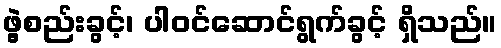
ဖွဲ့စည်းခွင့်၊ ပါဝင်ဆောင်ရွက်ခွင့် ရှိသည်။